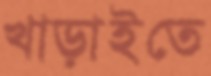
খাড়াইতে